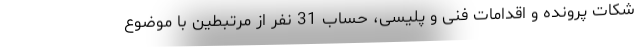
شکات پرونده و اقدامات فنی و پلیسی، حساب 31 نفر از مرتبطین با موضوع